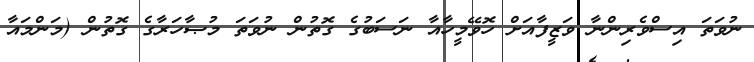
ނުވަތަ އިސްވެރިންނާ ވަޒީފާއަށް ހޮވޭމީހާއާ ނަސަބުގެ ގޮތުން ނުވަތަ މުޞާހަރާގެ ގޮތުން (މަންމައާ